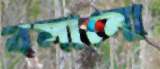
বলানো